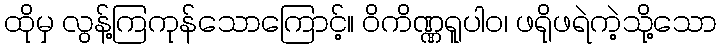
ထိုမှ လွန့်ကြကုန်သောကြောင့်။ ဝိကိဏ္ဏရူပါဝ၊ ဖရိုဖရဲကဲ့သို့သော